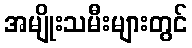
အမျိုးသမီးများတွင်